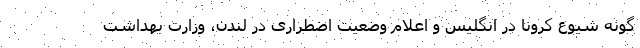
گونه شیوع کرونا در انگلیس و اعلام وضعیت اضطراری در لندن، وزارت بهداشت